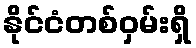
နိုင်ငံတစ်ဝှမ်းရှိ